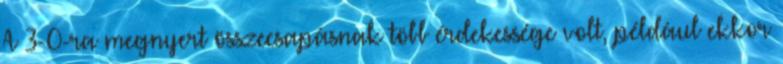
A 3-0-ra megnyert összecsapásnak több érdekessége volt, például ekkor